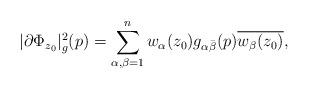
LaTeX: \begin{align*} |\partial \Phi_{z_0}|^2_g (p)=\sum_{\alpha, \beta=1}^n w_\alpha(z_0) g_{ \alpha \bar \beta } (p) \overline {w_\beta(z_0)},\end{align*}